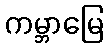
ကမ္ဘာမြေ